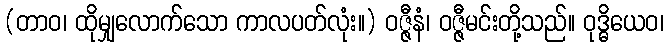
(တာဝ၊ ထိုမျှလောက်သော ကာလပတ်လုံး။) ဝဇ္ဇီနံ၊ ဝဇ္ဇီမင်းတို့သည်။ ဝုဒ္ဓိယေဝ၊